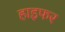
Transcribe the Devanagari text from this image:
हाइफर